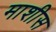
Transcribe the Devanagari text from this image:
माशीस